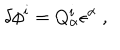
\delta \phi ^ { i } = Q _ { \alpha } ^ { i } \epsilon ^ { \alpha } \ ,